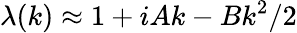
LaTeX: \lambda(k)\approx 1+iAk-Bk^{2}/2